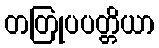
တတြုပပတ္တိယာ